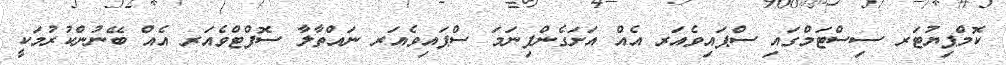
ކޮމްޕިޔުޓަރ ސިސްޓަމްގައި ސްޕައިވެއަރ އެއް އަށަގެންފިނަމަ ސްޕައިވެއަރ ނައްތާލާ ސޮފްޓްވެއަރ އެއް ބޭނުންކުރުމަކީ